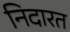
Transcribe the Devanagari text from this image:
निदारत